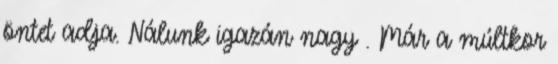
öntet adja. Nálunk igazán nagy . Már a múltkor